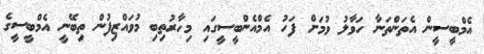
އެމްބީސީން އެތަންތަނާ ހަވާލު ވުމަށް ފަހު އެމްއެންބީސީގައި މިހާރުތިބި މުވައްޒިފުން ތިބޭނީ އެމްބީސީގެ